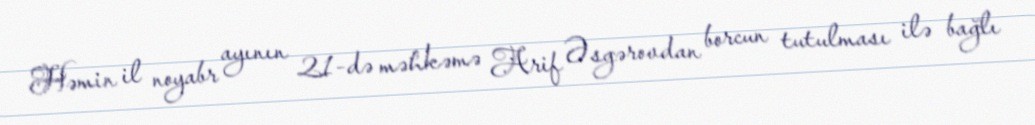
Həmin il noyabr ayının 21-də məhkəmə Arif Əsgərovdan borcun tutulması ilə bağlı